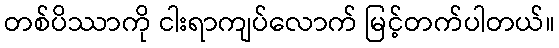
တစ်ပိဿာကို ငါးရာကျပ်လောက် မြင့်တက်ပါတယ်။